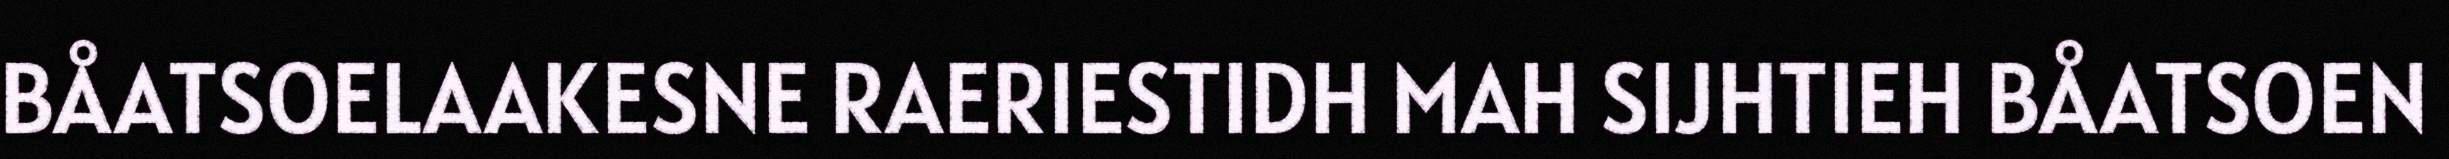
BÅATSOELAAKESNE RAERIESTIDH MAH SIJHTIEH BÅATSOEN